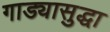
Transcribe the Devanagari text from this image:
गाड्यासुद्धा